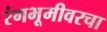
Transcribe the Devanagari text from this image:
रंगभूमीवरचा